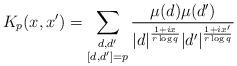
LaTeX: \begin{align*}K_p(x, x') = \sum_{\substack{d,d' \\ [d,d'] = p}} \frac{\mu(d)\mu(d')}{|d|^{\frac{1 + ix}{r \log q}}|d'|^{\frac{1 + ix'}{r \log q}}}\end{align*}